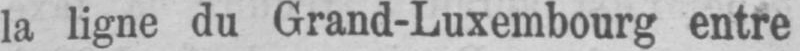
la ligne du Grand-Luxembourg entre